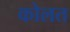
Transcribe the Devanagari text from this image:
कोलत